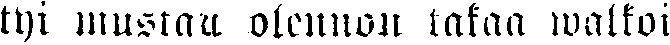
tyi mustan olennon takaa walkoi-